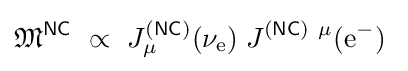
{\mathfrak {M}}^{\mathsf {NC}}~\propto ~J_{\mu }^{\mathsf {(NC)}}(\nu _{\mathrm {e} })\;J^{{\mathsf {(NC)}}\ \mu }(\mathrm {e^{-}} )\